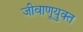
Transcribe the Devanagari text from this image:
जीवाणूयुक्त